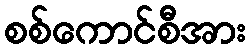
စစ်ကောင်စီအား